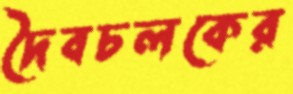
দৈবচলকের